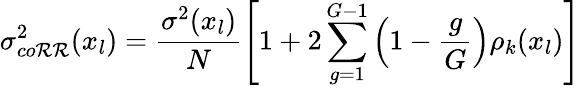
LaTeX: \sigma_{co\mathcal{R}\mathcal{R}}^{2}(x_{l})=\frac{{\sigma^{2}(x_{l})}}{{N}}\left[1+2\sum_{g=1}^{G-1}\left(1-\frac{{g}}{{G}}\right)\rho_{k}(x_{l})\right]